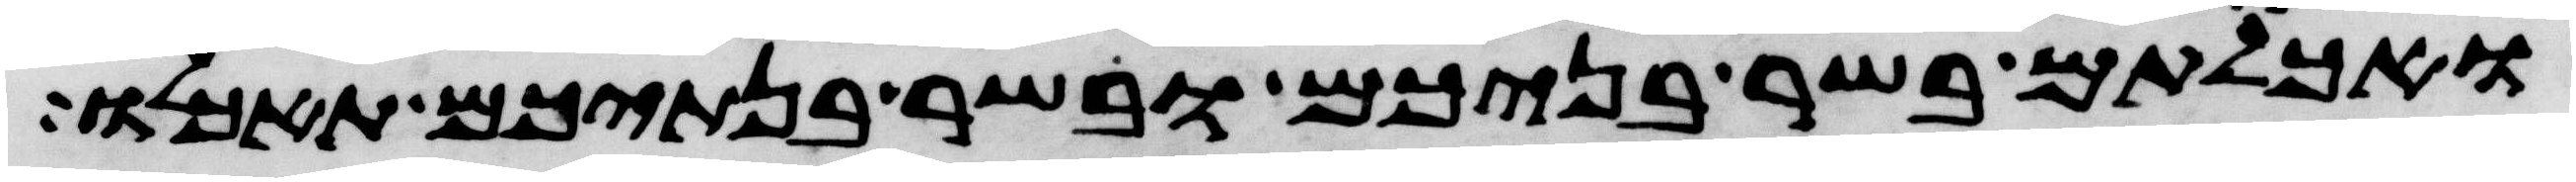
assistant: ואכלתם בשר בניכם ובשר בנתיכם תאכלו